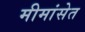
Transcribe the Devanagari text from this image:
मीमांसेत